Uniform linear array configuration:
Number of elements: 12
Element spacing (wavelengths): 0.75
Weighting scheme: exponential
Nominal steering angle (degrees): -60
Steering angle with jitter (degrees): -60.574
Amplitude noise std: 0.05
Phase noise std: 0.05

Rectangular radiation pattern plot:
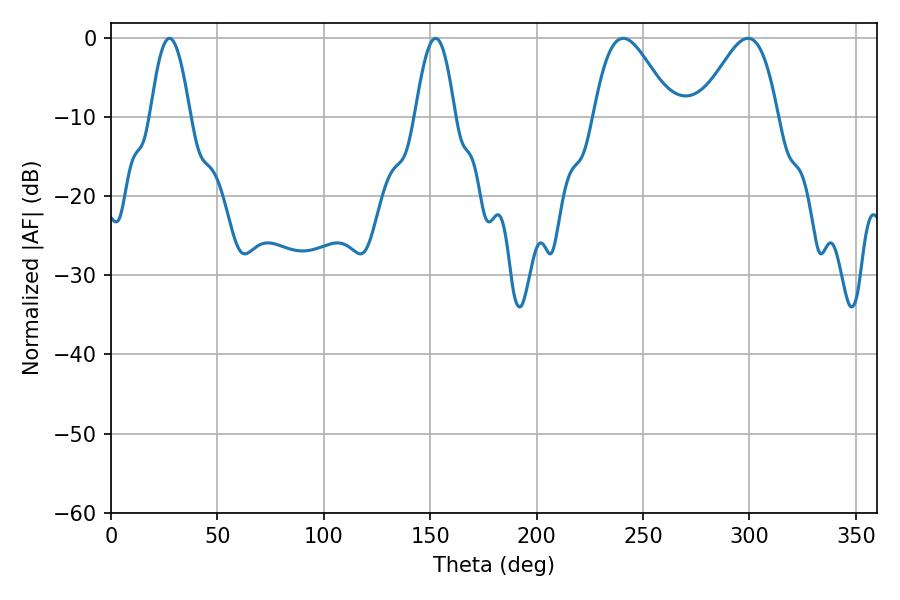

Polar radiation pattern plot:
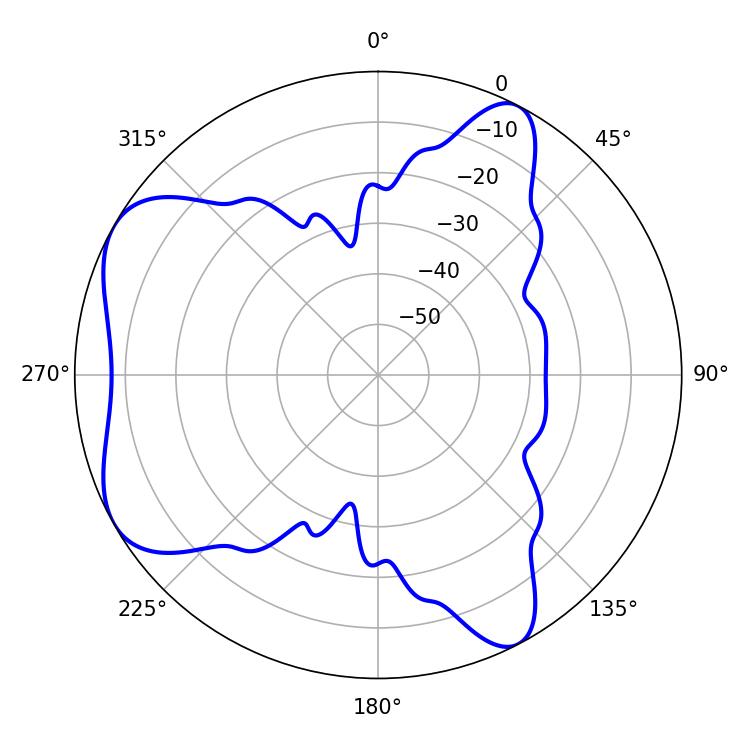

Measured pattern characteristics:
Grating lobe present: TRUE
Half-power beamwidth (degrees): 19.44
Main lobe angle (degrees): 240.66